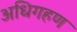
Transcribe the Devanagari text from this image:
अधिगहण